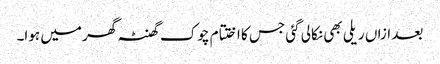
بعد ازاں ریلی بھی نکالی گئی جس کا اختتام چوک گھنٹہ گھر میں ہوا۔